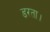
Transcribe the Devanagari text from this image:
डरता।